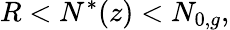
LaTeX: R<N^{*}(z)<N_{0,g},